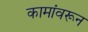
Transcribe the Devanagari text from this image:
कामांवरून